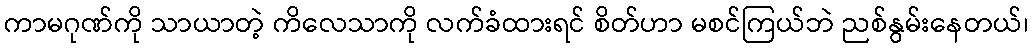
ကာမဂုဏ်ကို သာယာတဲ့ ကိလေသာကို လက်ခံထားရင် စိတ်ဟာ မစင်ကြယ်ဘဲ ညစ်နွမ်းနေတယ်၊